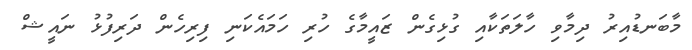
މާބަނޑުއިރު ދިމާވި ހާލަތަކާއި ގުޅިގެން ޒައީމާގެ ހުރި ހަމައެކަނި ފިރިހެން ދަރިފުޅު ނައީޝް